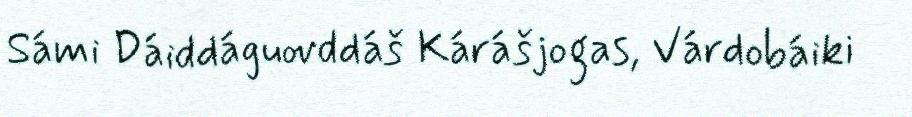
Sámi Dáiddáguovddáš Kárášjogas, Várdobáiki